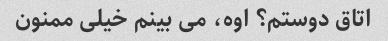
اتاق دوستم؟ اوه، می بینم خیلی ممنون